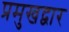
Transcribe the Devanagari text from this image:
प्रमुखद्वार